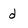
Character: d